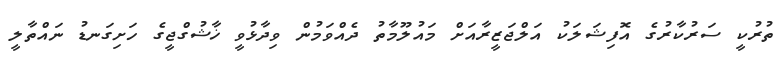
ތުރުކީ ސަރުކާރުގެ އޮފިޝަލަކު އަލްޖަޒީރާއަށް މައުލޫމާތު ދެއްވަމުން ވިދާޅުވީ ޚާޝުގްޖީގެ ހަށިގަނޑު ނައްތާލީ